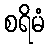
စရိမံ